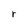
Character: r